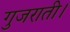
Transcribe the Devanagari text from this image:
गुजराती।